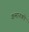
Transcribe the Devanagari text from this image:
कमानको